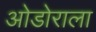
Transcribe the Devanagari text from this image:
ओडोराला